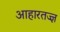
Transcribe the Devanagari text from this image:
आहारतज्ज्ञ